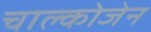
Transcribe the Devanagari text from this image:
चाल्कोजेन